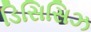
ડિસિસિઝ